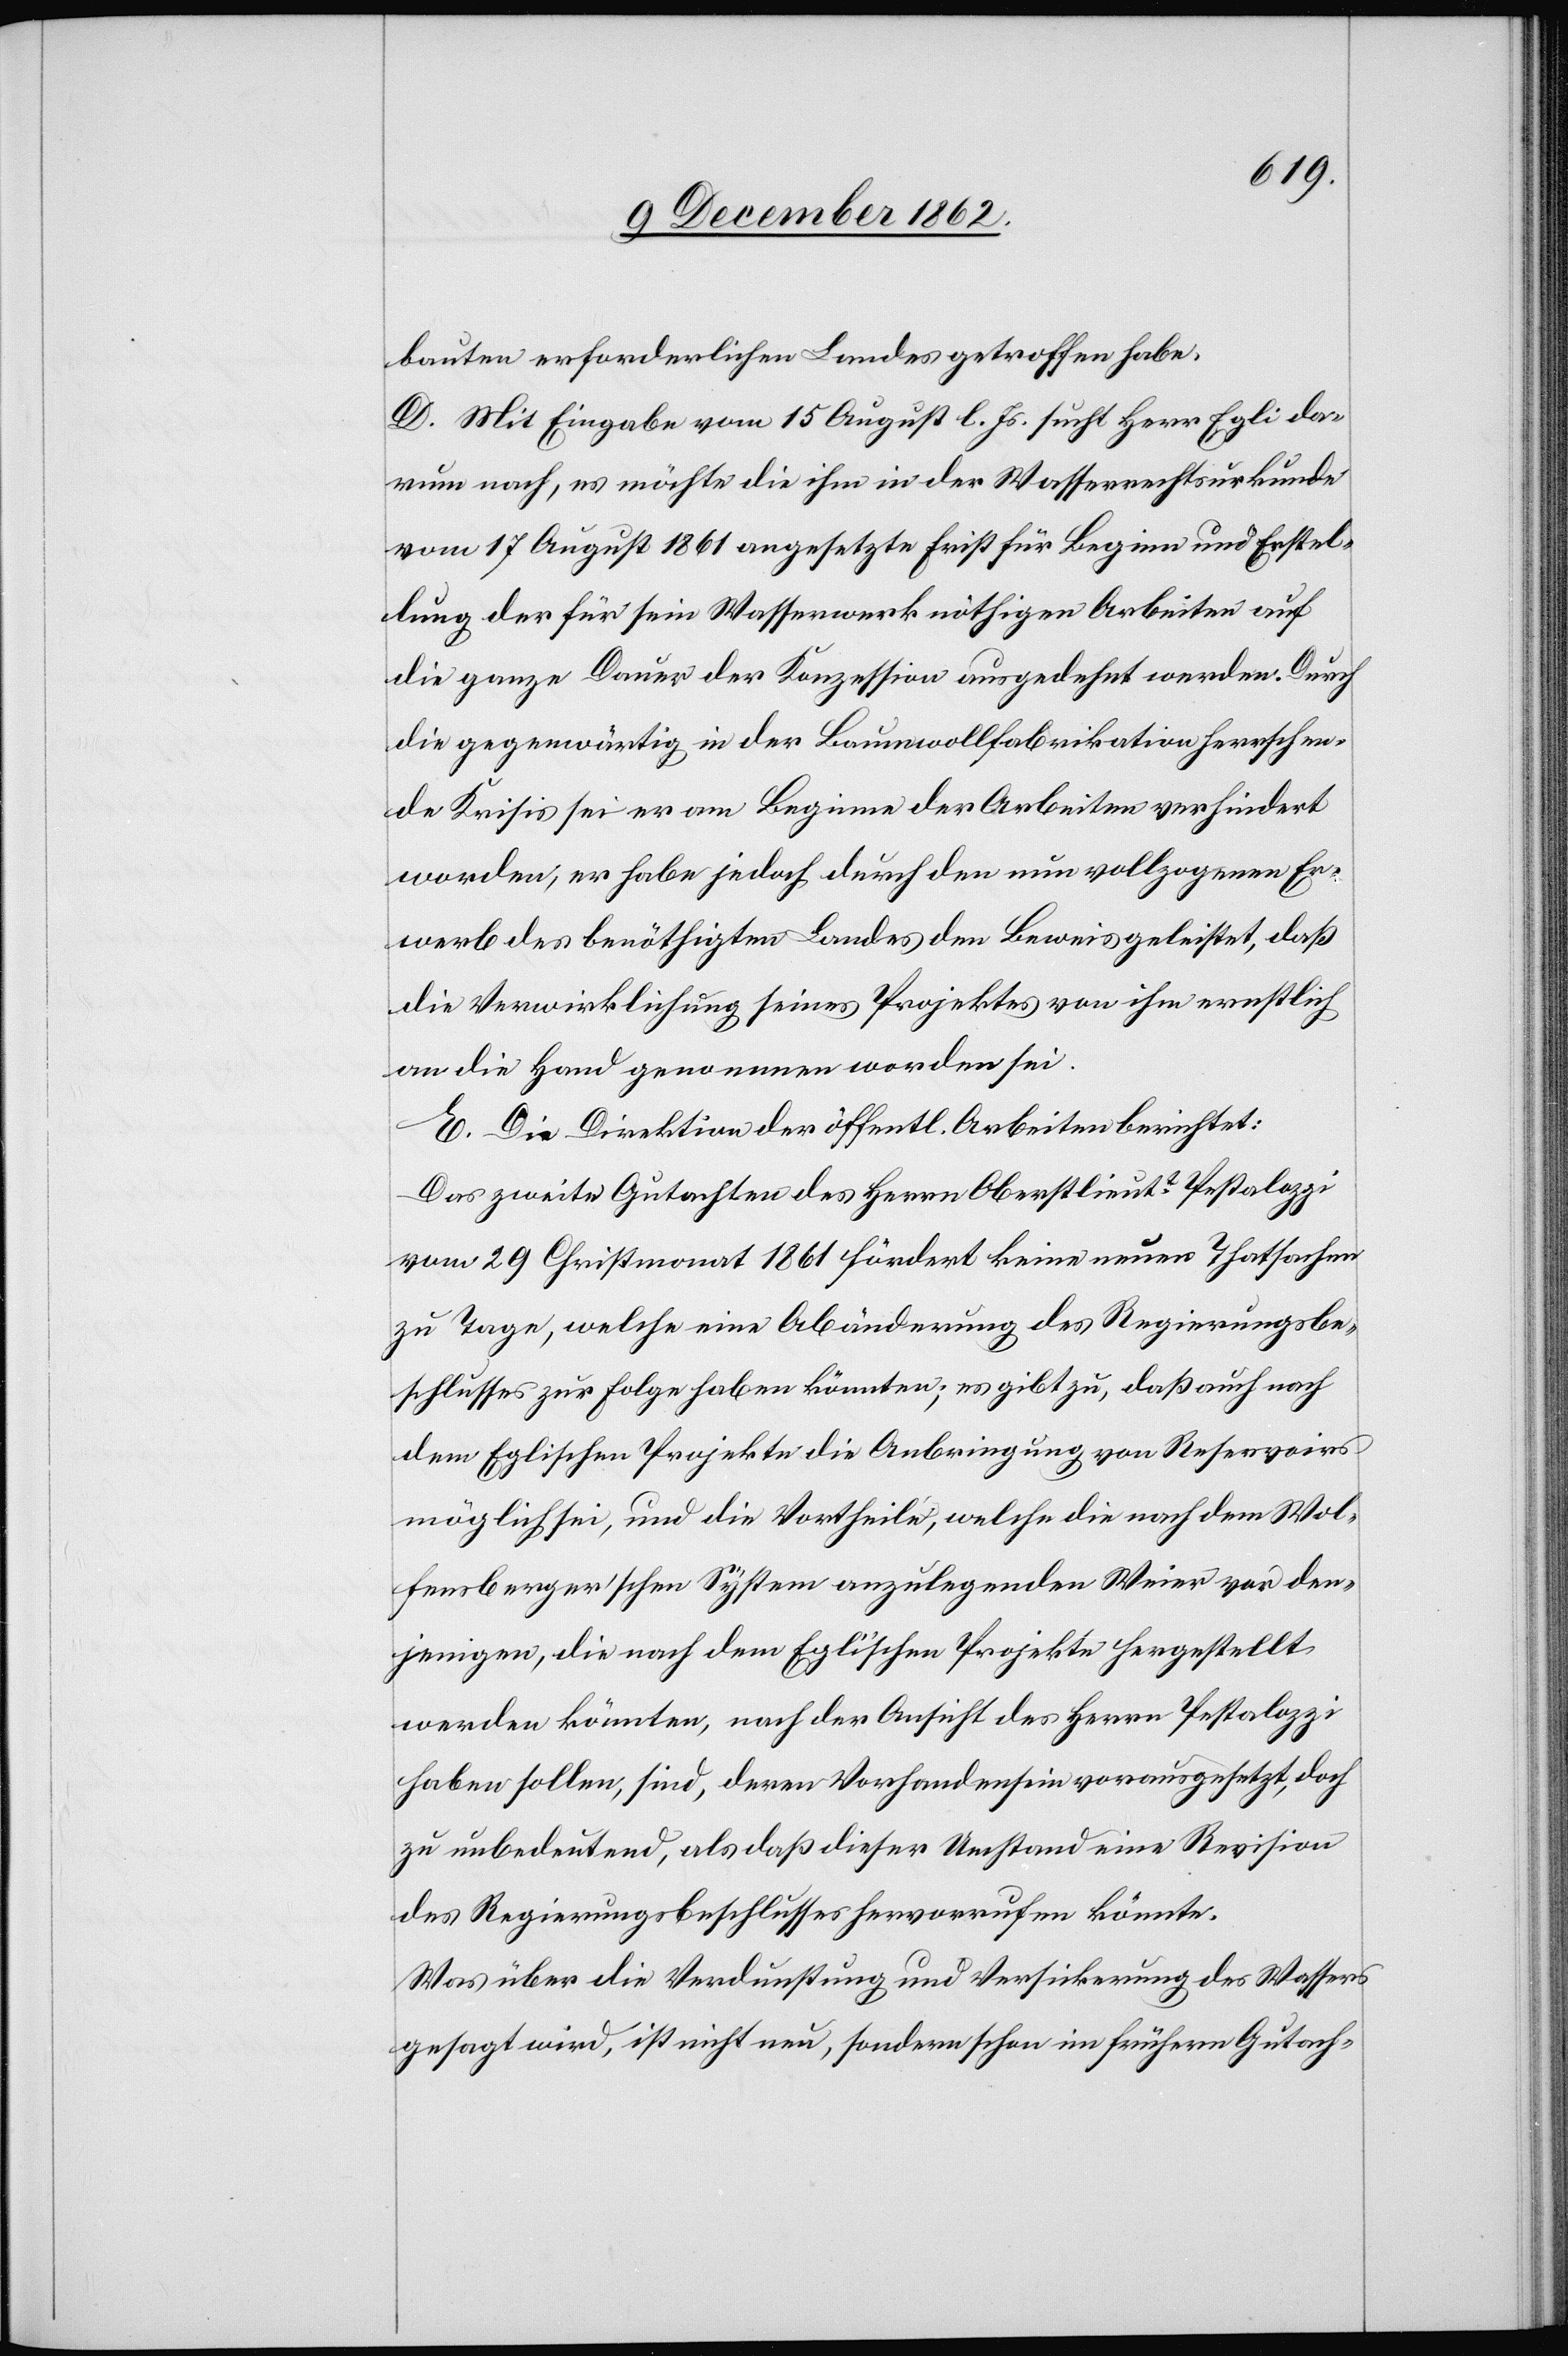
bauten erforderlichen Landes getroffen habe.
D. Mit Eingabe vom 15. August l. Js. sucht Herr Egli da¬
rum nach, es möchte die ihm in der Wasserrechtsurkunde
vom 17. August 1861 angesetzte Frist für Beginn und Erstel¬
lung der für sein Wasserwerk nöthigen Arbeiten auf
die ganze Dauer der Konzession ausgedehnt werden. Durch
die gegenwärtig in der Baumwollenfabrikation herrschen¬
de Krisis sei er am Beginne der Arbeiten verhindert
worden, er habe jedoch durch den nun vollzogenen Er¬
werb des benöthigten Landes den Beweis geleistet, daß
die Verwirklichung seines Projektes von ihm ernstlich
an die Hand genommen worden sei.
E. Die Direktion der öffentl. Arbeiten berichtet:
Das zweite Gutachten des Herrn Oberstlieutt Pestalozzi
vom 29. Christmonat 1861 fördert keine neuen Thatsachen
zu Tage, welche eine Abänderung des Regierungsbe¬
schlusses zur Folge haben könnten, es gibt zu, daß auch nach
dem Eglischen Projekte die Anbringung von Reservoirs
möglich sei, und die Vortheile, welche die nach dem Wol¬
fensberger’schen System anzulegenden Weier vor der¬
jenigen, die nach dem Egli’schen Projekte hergestellt
werden könnten, nach der Ansicht des Herrn Pestalozzi
haben sollen, sind, deren Vorhandensein vorausgesetzt, doch
zu unbedeutend, als daß dieser Umstand eine Revision
des Regierungsbeschlusses hervorrufen könnte.
Was über die Verdunstung und Versickerung des Wassers
gesagt wird, ist nicht neu, sondern schon im frühern Gutach-